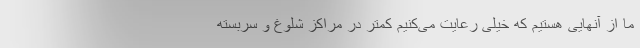
ما از آنهایی هستیم که خیلی رعایت می‌کنیم کمتر در مراکز شلوغ و سربسته